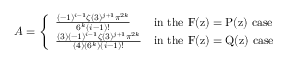
A = \left\{ \begin{array} { l l } { \frac { ( - 1 ) ^ { i - 1 } \zeta ( 3 ) ^ { j + 1 } \pi ^ { 2 k } } { 6 ^ { k } ( i - 1 ) ! } } & { \mathrm { i n ~ t h e ~ F ( z ) = P ( z ) ~ c a s e } } \\ { \frac { ( 3 ) ( - 1 ) ^ { i - 1 } \zeta ( 3 ) ^ { j + 1 } \pi ^ { 2 k } } { ( 4 ) ( 6 ^ { k } ) ( i - 1 ) ! } } & { \mathrm { i n ~ t h e ~ F ( z ) = Q ( z ) ~ c a s e } } \end{array} \right.